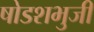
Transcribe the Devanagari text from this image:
षोडशभुजी